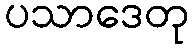
ပသာဒေတု